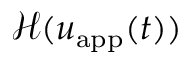
\mathcal { H } ( u _ { \mathrm { a p p } } ( t ) )